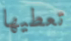
تعطيها